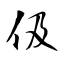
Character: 伋